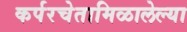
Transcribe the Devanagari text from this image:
कर्परचेतामिळालेल्या